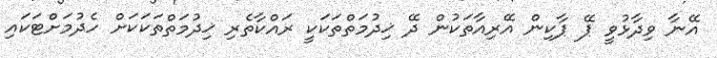
އޭނާ ވިދާޅުވީ ޕޭ ޕާކިން އޭރިއާތަކުން ދޭ ޚިދުމަތްތަކަކީ ރައްކާތެރި ޚިދުމަތްތަކަކަށް ހެދުމަށްޓަކައި